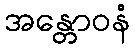
အန္တောဝနံ